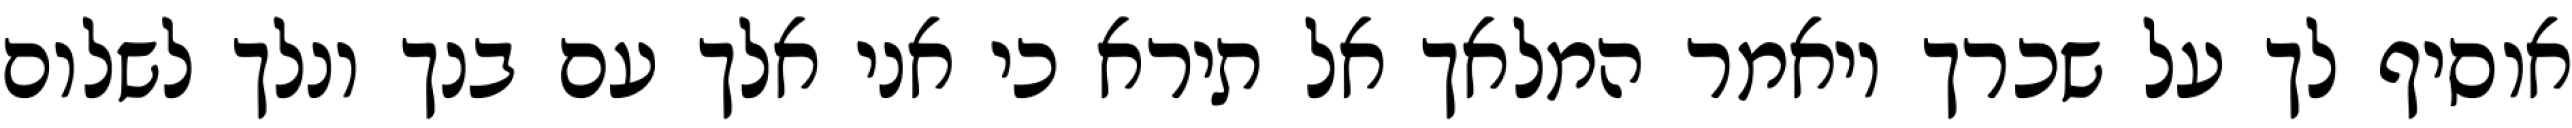
אוסיף לך על שכרך ויאמר המלאך אל תירא כי אני אלך עם בנך ונלך לשלום